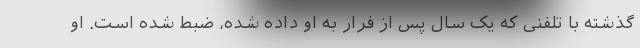
گذشته با تلفنی که یک سال پس از فرار به او داده شده، ضبط شده است. او